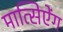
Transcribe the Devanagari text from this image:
मात्सिऐंग